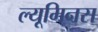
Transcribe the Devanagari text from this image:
ल्यूमिनस